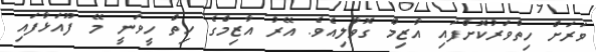
ވަރަށް ހިތްވަރުކޮށްފައި އާޒިމް ގޮވާލިއެވެ. އޭރު އާޒިމްގެ ހިތް ހީވަނީ މޭ ފޫއަޅާފައި